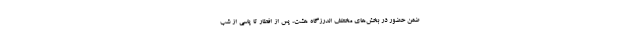
ضمن حضور در بخش‌های مختلف اندرزگاه هشت، پس از افطار تا پاسی از شب